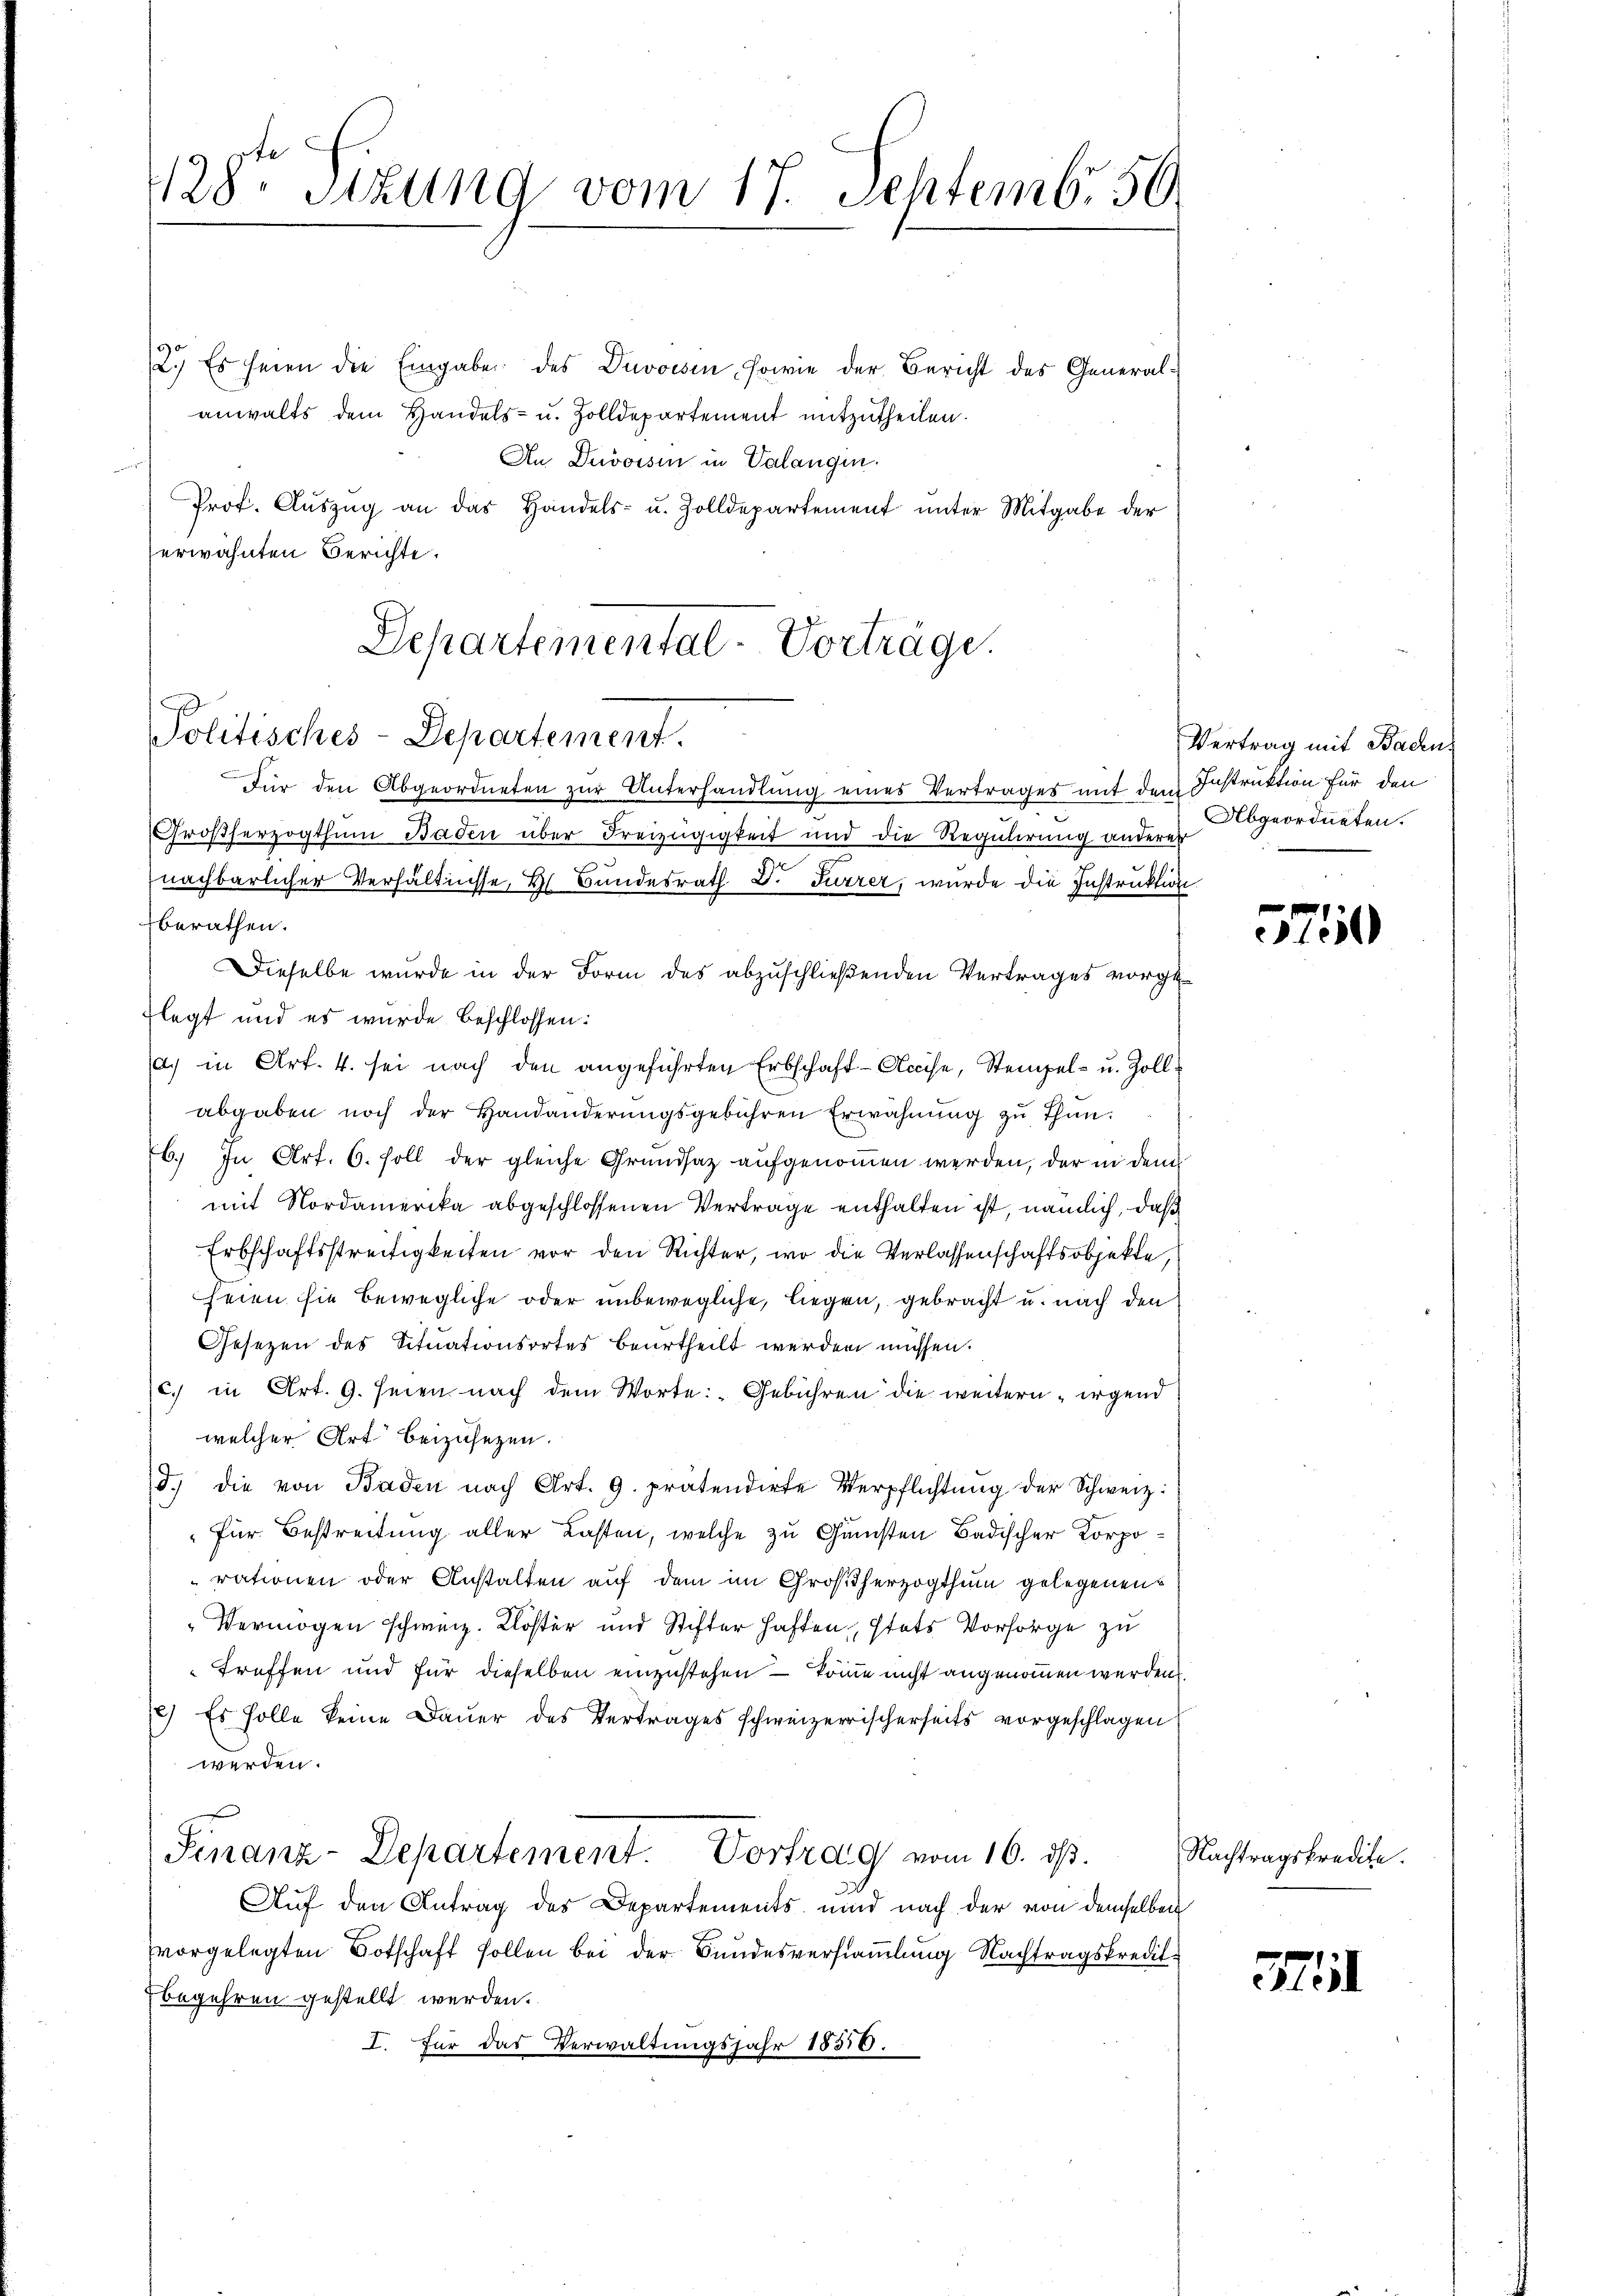
128te Sitzung vom 17. Septembr 56

Departemental-Vorträge.
Politisches-Departement.

2.) Es seien die Eingabe des Divoisin, sowie der Bericht des General-
anwalts dem Handels- u. Zolldepartement mitzutheilen.
An Divoisin in Valangin.
Prof. Aŭszŭg an das Handels- u. Zolldepartement unter Mitgabe der
erwähnten Berichte.
Für den Abgeordneten zur Unterhandlung eines Vertrages mit dem Instruktion für den
Großherzogthum Baden über Freizügigkeit und die Regulirung anderer
nachbarlicher Verhältnisse, H. Bundesrath D. Furrer, wurde die Instruktion
berathen.
Dieselbe wurde in der Form des abzuschließenden Vertrages vorge-
Klegt und es wurde beschlossen:
a, in Art. 4. sei nach den angeführten Erbschaft-Accise, Stempel- u. Zollabgaben noch der Handänderŭngsgebühren Erwähnŭng zŭ thŭn.
b. In Art. 6. soll der gleiche Grundsaz aufgenommen werden, der in dem
mit Nordamerika abgeschlossenen Vertrage enthalten ist, nämlich, daß
Erbschaftsstreitigkeiten vor den Richter, wo die Verlassenschaftsobjekte,
seien sie bewegliche oder unbewegliche, liegen, gebracht u. nach den
Gesetzen des Situationsortes beurtheilt werden müssen.
c. in Art. 9. seien nach dem Worte: „Gebühren die weitern irgend
welcher Art beizusetzen.
d. die von Baden nach Art. 9. prätendirte Verpflichtŭng der Schweiz:
"Für Bestreitung aller Lasten, welche zu Gunsten Badischer Korporationen oder Anstalten auf dem im Großherzogthum gelegenen
„Vermögen schweiz. Kloster und Stifter haften stets Vorsorge zu
treffen und für dieselben einzustehen – könne nicht angenommen werden.
2) Es solle keine Dauer des Vertrages schweizerischerseits vorgeschlagen
werden.
Finanz-Departement. Vortrag vom 16. ds.
Auf den Antrag des Departements und nach der von demselben
vorgelegten Botschaft sollen bei der Bundesversammlung Nachtragskredit
begehren gestellt werden.
I. Für das Verwaltungsjahr 18556.

Vertrag mit Baden.
Abgeordneten.

5750

Nachtragskredite.

Heil